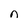
Character: n